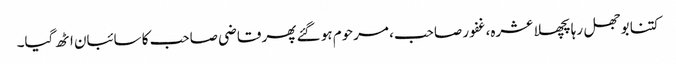
کتنا بوجھل رہا پچھلا عشرہ، غفور صاحب، مرحوم ہو گئے پھر قاضی صاحب کا سائبان اٹھ گیا۔